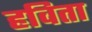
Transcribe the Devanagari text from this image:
हविता